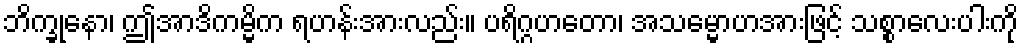
ဘိက္ခုနော၊ ဤအာဒိကမ္မိက ရဟန်းအားလည်း။ ပရိဂ္ဂဟတော၊ အသမ္မောဟအားဖြင့် သစ္စာလေးပါးကို